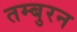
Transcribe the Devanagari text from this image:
तम्बुरन